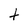
Character: t